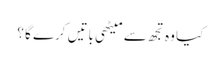
کیا وہ تجھ سے میٹھی باتیں کرے گا ؟